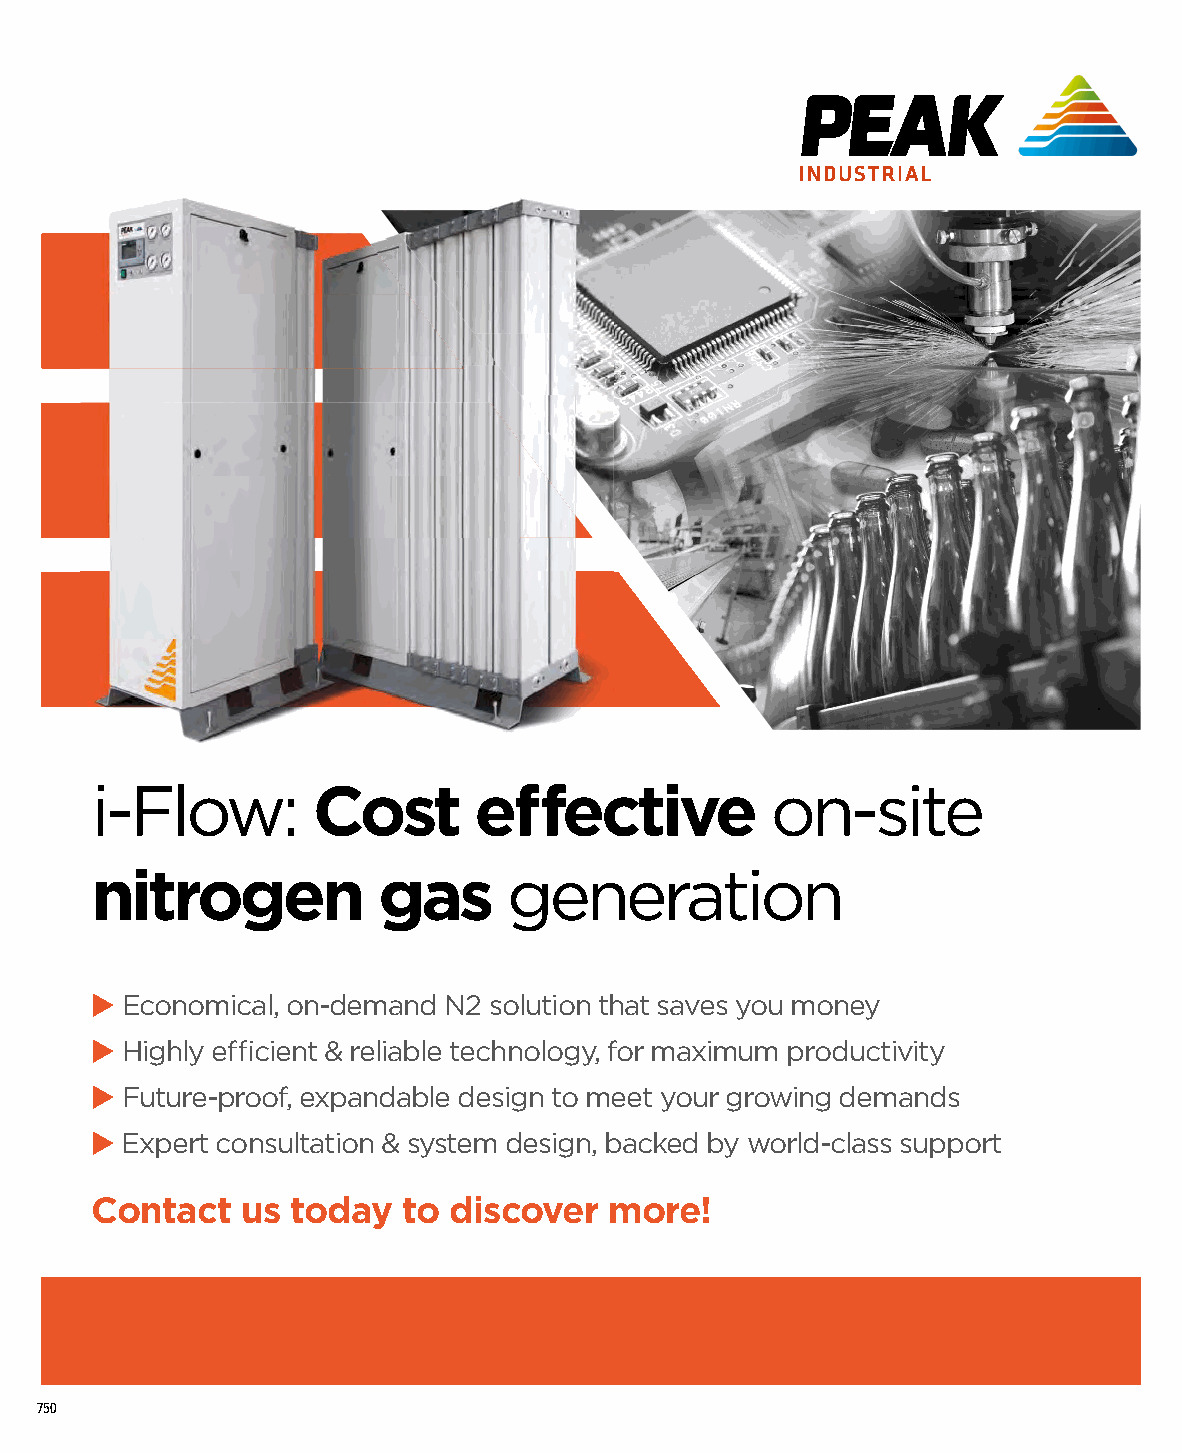
i-Flow:        Cost       eff  ective         on-site
 i ni -- F iF tl rol ooi w- gwF : e :l o C nCw o go s: a s tC t s e o e gffs ff e t ee nce c etff t ir vi ae v etc e i ot o io nv nne -- s o s itin ete- s ite
 nn ii tt rr oon ggit eer no n g g ge aan ss g g ga ees nn eg e re r aan tt ie oior na ntion
 u Economical, on-demand N2 solution that saves you money
 u Highly effi cient & reliable technology, for maximum productivity
 u Economical, on-demand N2 solution that saves you money
 uu E Ecoconnoommiciacla, lo, on-nd-dememanadn dN N2 2s osloultuiotino nth tahta sta svaevse ys oyuo um monoenyey
 u Future-proof, expandable design to meet your growing demands
 u Highly effi cient & reliable technology, for maximum productivity
 uu H Higighhlyly e ffie ffi c iceinetn t& & re rleialibalbel ete tcehcnhonloolgoyg, yf,o fro mr maxaixmimumum p rpordoudcutcivtiitvyity
 u Expert consultation & system design, backed by world-class support
 u Future-proof, expandable design to meet your growing demands
 uu F Fuututurere-p-prorooof, fe, xepxpanadndabalbel ed edseisging nto t om meeete yt oyuoru gr rgorwowinign gd edmemanadnsds
 u Expert consultation & system design, backed by world-class support
 uu E Exxppeertr tc oconnsuslutlattaiotion n& & s yssytsetmem d edseigsing,n b, abcakcekde db yb yw woroldrl-dc-lacslass ssu spuppoprotrt
 Contact   us today   to discover  more!
 Tel: +44 (C0o)14n1t a81c2t 8 u10s0 t oday to discover more!
 CCoonntatacct tu uss t otoddaayy t oto d disicscoovveer rm moorere! !
 Email: marketing@peakindustrial.com
 Tel: +44 (0)141 812 8100
 TWTeeel:bl :+ :+ 4w44w4 ( w0(0.)p1)4e141a 1k8 i81n21d 28u 81s01t0r0i0a l .com
 Email: marketing@peakindustrial.com
 EEmmaaili:l :m maarkreketitningg@@ppeaekaiknidndusutsrtiarila.cl.ocmom
 Web: www.peakindustrial.com
 750 WWeebb: :w wwwww.p.peeakaiknindduustsrtiraila.cl.ocmom